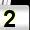
Digit: 2